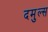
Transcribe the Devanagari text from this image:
दमुल्स